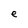
Character: e